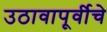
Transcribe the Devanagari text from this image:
उठावापूर्वीचे